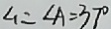
\angle 1 = \angle A = 3 7 ^ { \circ }